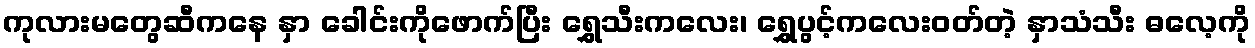
ကုလားမတွေဆီကနေ နှာ ခေါင်းကိုဖောက်ပြီး ရွှေသီးကလေး၊ ရွှေပွင့်ကလေးဝတ်တဲ့ နှာသံသီး ဓလေ့ကို